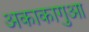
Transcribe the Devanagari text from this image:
अकाकागुआ